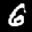
Label: 6